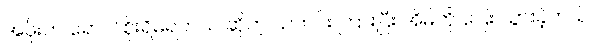
အဖိုးက ရောဂါ စိုးရိမ်ရတယ် ဆိုတဲ့ သတင်း ကြားပြီး အိမ်ကို ပြေး သွားခဲ့တယ်။